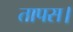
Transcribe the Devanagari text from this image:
तापस।